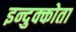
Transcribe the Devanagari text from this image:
इन्दुक्कोता